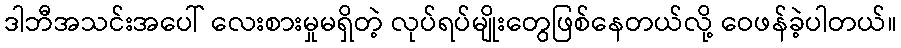
ဒါဘီအသင်းအပေါ် လေးစားမှုမရှိတဲ့ လုပ်ရပ်မျိုးတွေဖြစ်နေတယ်လို့ ဝေဖန်ခဲ့ပါတယ်။